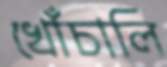
খোঁচালি